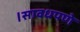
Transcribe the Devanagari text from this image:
।सावधपणे